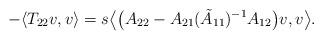
LaTeX: \begin{align*}-\langle T_{22}v,v\rangle=s\big\langle \big(A_{22}-A_{21}(\tilde{A}_{11})^{-1}A_{12}\big)v,v\big\rangle.\end{align*}